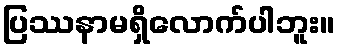
ပြဿနာမရှိလောက်ပါဘူး။